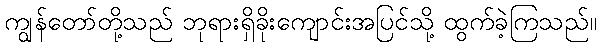
ကျွန်တော်တို့သည် ဘုရားရှိခိုးကျောင်းအပြင်သို့ ထွက်ခဲ့ကြသည်။